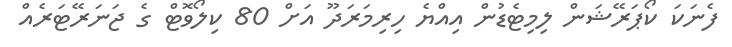
ފެނަކަ ކޯޕަރޭޝަން ލިމިޓެޑުން އިއްޔެ ހިރިމަރަދޫ އަށް 80 ކިލޯވޮޓް ގެ ޖަނަރޭޓަރެއް